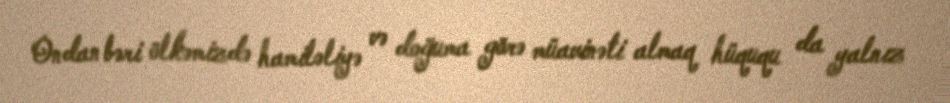
Ondan bəri ölkəmizdə hamiləliyə və doğuma görə müavinəti almaq hüququ da yalnız